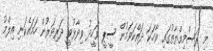
މި ރަސްމިއްޔާތުގައި ވާހަކަ ދައްކަވަމުން ސީޕީ ވަހީދު ވިދާޅުވީ ދަރިވަރުން ހަމައެކަނި އިލްމު